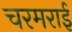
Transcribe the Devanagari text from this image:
चरमराई